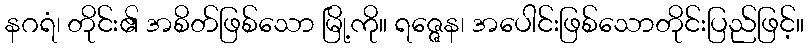
နဂရံ၊ တိုင်း၏ အစိတ်ဖြစ်သော မြို့ကို။ ရဇ္ဇေန၊ အပေါင်းဖြစ်သောတိုင်းပြည်ဖြင့်။